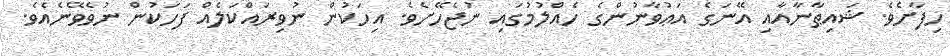
ހިފާށެވެ. ޝައިޠާނާއާއި އޭނަގެ އަޢުވާނުންގެ ހެއްލުމުގައި ނުޖެހޭށެވެ. އިހަކުން ނުވިރައްކަލެއް ފަހަކުން ނުވެވޭނެއެވެ.